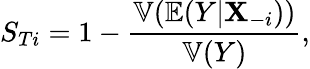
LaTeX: S_{Ti}=1-\frac{\mathbb{V}(\mathbb{E}(Y|\mathbf{X}_{-i}))}{\mathbb{V}(Y)},